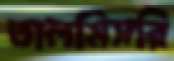
তালমিসরি